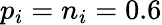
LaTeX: p_{i}=n_{i}=0.6